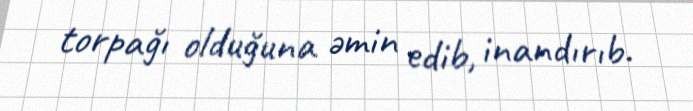
torpağı olduğuna əmin edib, inandırıb.